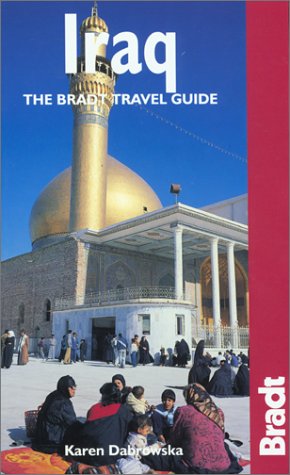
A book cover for Iraq: The Bradt Travel Guide; Felicity Arbuthnot; Travel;